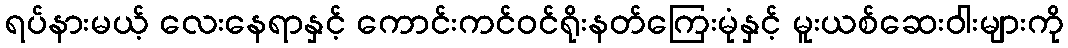
ရပ်နားမယ့် လေးနေရာနှင့် ကောင်းကင်ဝင်ရိုးနတ်ကြေးမုံနှင့် မူးယစ်ဆေးဝါးများကို